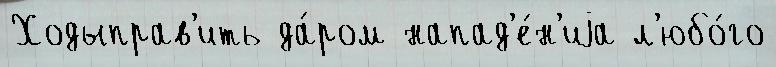
Ходыправ'ить да́ром напад'е́н'иjа л'юбо́го